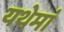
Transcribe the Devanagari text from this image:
यथेमां